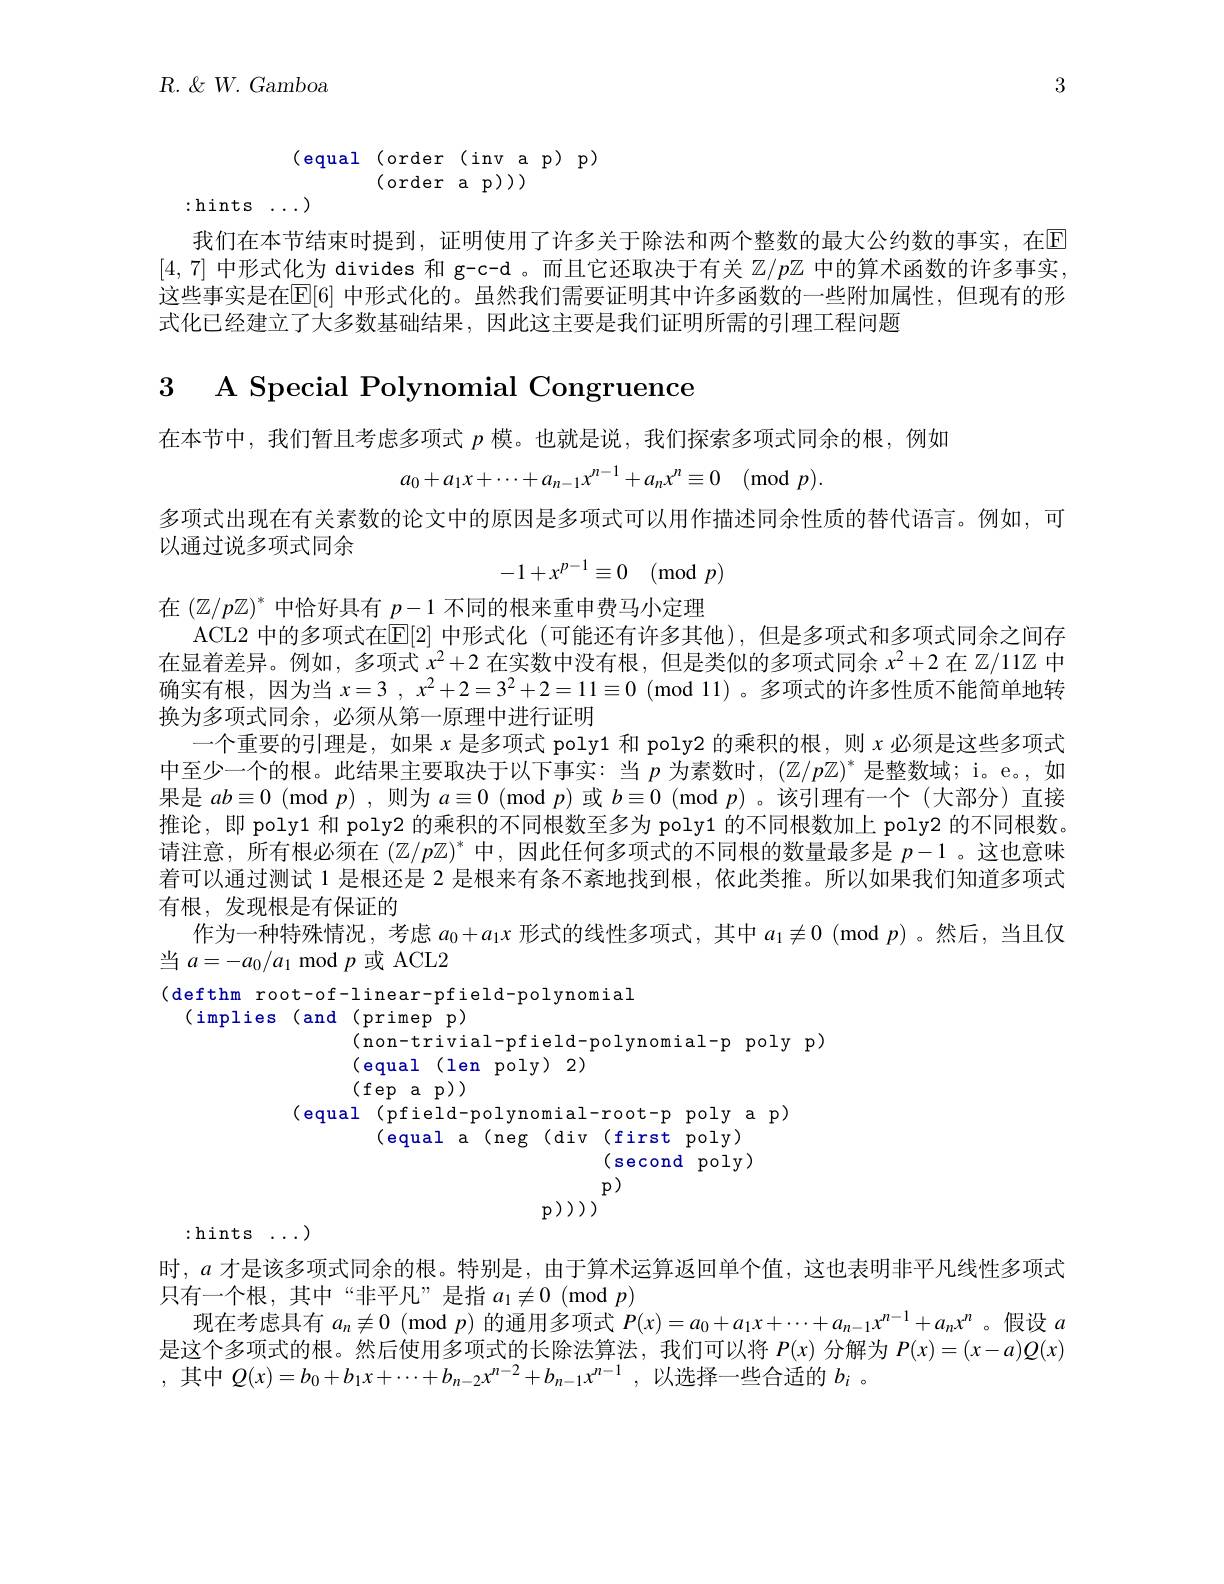
$R.~\&~W.~Gamboa$

3

$\begin{array}{lll}(\text{equal}&\text{(order}(\text{invap)p)}\\&\text{(order}\text{ap)))}\end{array}$

:hints$\ldots)$

我们在本节结束时提到，证明使用了许多关于除法和两个整数的最大公约数的事实，在[E] [4,7]中形式化为 divides 和 g-c-d 。而且它还取决于有关$\mathbb{Z}/p\mathbb{Z}$中的算术函数的许多事实这些事实是在$\mathbb{E}[6]$ 中形式化的。虽然我们需要证明其中许多函数的一些附加属性，但现有的形式化已经建立了大多数基础结果，因此这主要是我们证明所需的引理工程问题

3 A Special Polynomial Congruence

在本节中，我们暂且考虑多项式$p$模。也就是说，我们探索多项式同余的根，例如
$$a_0+a_1x+\cdots+a_{n-1}x^{n-1}+a_nx^n\equiv0\pmod{p}.$$
多项式出现在有关素数的论文中的原因是多项式可以用作描述同余性质的替代语言。例如，可

以通过说多项式同余
$$-1+x^{p-1}\equiv0\pmod{p}$$
在$(\mathbb{Z}/p\mathbb{Z})^*$中恰好具有$\underline p-1$不同的根来重申费马小定理
ACL2 中的多项式在E[2]中形式化 (可能还有许多其他),但是多项式和多项式同余之间存在显着差异。例如，多项式$x^2+2$在实数中没有根，但是类似的多项式同余$x^2+2$在$\mathbb{Z}/11\mathbb{Z}$中确实有根，因为当$x= 3, x^2+ 2= 3^2+ 2= 11\equiv 0$ ( mod 11) 。多项式的许多性质不能简单地转换为多项式同余，必须从第一原理中进行证明
一个重要的引理是，如果$x$是多项式 poly1 和 poly2 的乘积的根，则$x$必须是这些多项式中至少一个的根。此结果主要取决于以下事实：当$p$为素数时，$(\mathbb{Z}/p\mathbb{Z})^*$是整数域；i。e。, 如果是$ab\equiv0$ (mod $p)$,则为$a\equiv0$ (mod $p$)或$b\equiv0$ (mod $p$)。该引理有一个 (大部分)直接推论，即 poly1 和 poly2 的乘积的不同根数至多为 poly1 的不同根数加上 poly2 的不同根数。请注意，所有根必须在$(\mathbb{Z}/p\mathbb{Z})^*$中，因此任何多项式的不同根的数量最多是$p-1$ 。这也意味着可以通过测试 1 是根还是 2 是根来有条不紊地找到根，依此类推。所以如果我们知道多项式有根，发现根是有保证的
作为一种特殊情况，考虑$a_0+a_1x$形式的线性多项式，其中$a_1\not\equiv0$ (mod $p)$ 。然后，当且仅
当$a=-a_{0}/a_{1}$ mod $p$或 ACL2
(defthm root-of-linear-pfield-polynomial

(implies(and(primepp)

(non-trivial-pfield-polynomial-p poly p)

(equal(len poly)2)

(fepap))

(equal(pfield-polynomial-root-ppolyap)

(equal a(neg(div(first poly)

(second poly)

$p)$

$p(p)))$

:hints$\ldots)$

时，$a$才是该多项式同余的根。特别是，由于算术运算返回单个值，这也表明非平凡线性多项式
只有一个根，其中“非平凡”是指$a_1\not\equiv0\pmod{p}$
现在考虑具有$a_n\not\equiv0$ (mod $p)$的通用多项式$P(x)=a_0+a_1x+\cdots+a_{n-1}x^{n-1}+a_nx^n$ 。假设$a$ 是这个多项式的根。然后使用多项式的长除法算法，我们可以将$P(x)$分解为$P(x)=(x-a)Q(x)$ ,其中$Q(x)=b_0+b_1x+\cdots+b_{n-2}x^{n-2}+b_{n-1}x^{n-1}$,以选择一些合适的$b_i$ 。